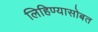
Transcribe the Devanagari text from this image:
लिहिण्यासोबत